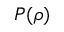
P ( \rho )